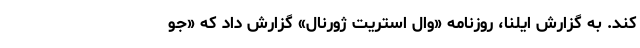
کند. به گزارش ایلنا، روزنامه «وال ‌استریت ژورنال» گزارش داد که «جو